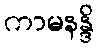
ကာမနန္ဒိ